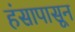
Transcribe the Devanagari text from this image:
हंसापासून